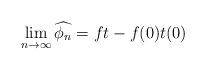
LaTeX: \begin{align*}\lim_{n\to \infty}\widehat{\phi_n}=ft-f(0)t(0)\end{align*}